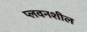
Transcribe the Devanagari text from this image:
प्लवनशील